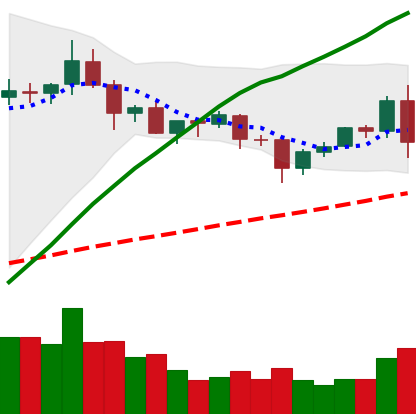
Ticker: XRP-USD
Chart end date: 2020-09-02
Forward return: -12.402%
Label: down_7plus